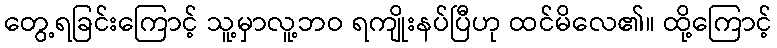
တွေ့ရခြင်းကြောင့် သူ့မှာလူ့ဘဝ ရကျိုးနပ်ပြီဟု ထင်မိလေ၏။ ထို့ကြောင့်